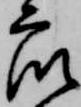
衆